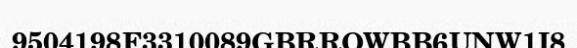
9504198F3310089GBRROWBB6UNW1I8